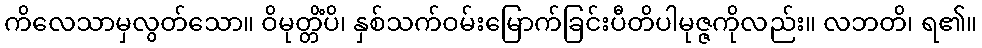
ကိလေသာမှလွတ်သော။ ဝိမုတ္တိံပိ၊ နှစ်သက်ဝမ်းမြောက်ခြင်းပီတိပါမုဇ္ဇကိုလည်း။ လဘတိ၊ ရ၏။